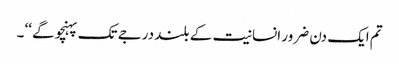
تم ایک دن ضرور انسانیت کے بلند درجے تک پہنچو گے ‘‘ ۔